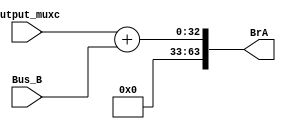
`timescale 1ns / 1ps
//////////////////////////////////////////////////////////////////////////////////
// Company: 
// Engineer: 
// 
// Design Name: 
// Module Name: ADDER
// Project Name: 
// Target Devices: 
// Tool Versions: 
// Description: 
// 
// Dependencies: 
// 
// Revision:
// Revision 0.01 - File Created
// Additional Comments:
// 
//////////////////////////////////////////////////////////////////////////////////


module ADDER(
     input [31:0] output_muxc,
     input [31:0] Bus_B,
     output reg [63:0] BrA
    );
 
    always @(*)
        begin
            BrA = output_muxc + Bus_B; 
        end
endmodule